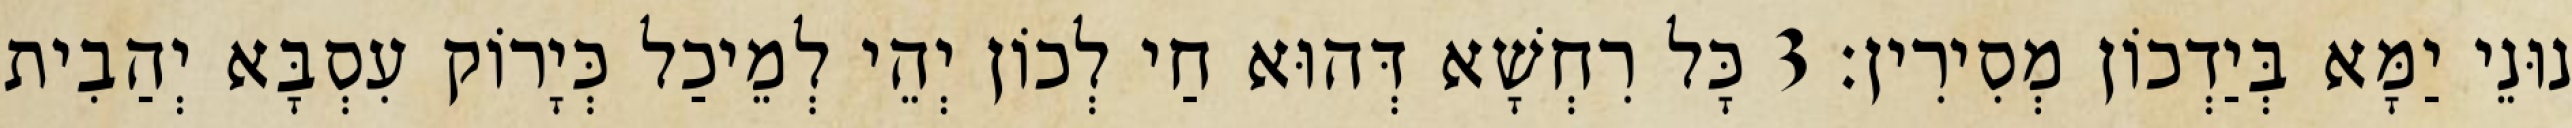
נוּנֵי יַמָּא בְּיַדְכוֹן מְסִירִין׃ 3 כָּל רִחְשָׁא דְּהוּא חַי לְכוֹן יְהֵי לְמֵיכַל כְּיָרוֹק עִסְבָּא יְהַבִית